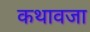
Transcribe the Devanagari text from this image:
कथावजा